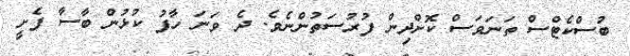
ބުސްކެޓްސް ތަނަވަސް ކޮށްދިން ފުރުސަތުންނެވެ. ދެ ވަނަ ހާފު ކުޅުން ބާސާ ފެށީ